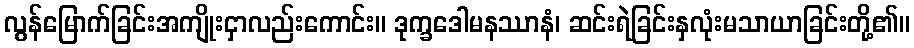
လွန်မြောက်ခြင်းအကျိုးငှာလည်းကောင်း။ ဒုက္ခဒေါမနဿာနံ၊ ဆင်းရဲခြင်းနှလုံးမသာယာခြင်းတို့၏။